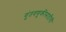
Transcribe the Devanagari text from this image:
गुंतवणूकीसाठीची